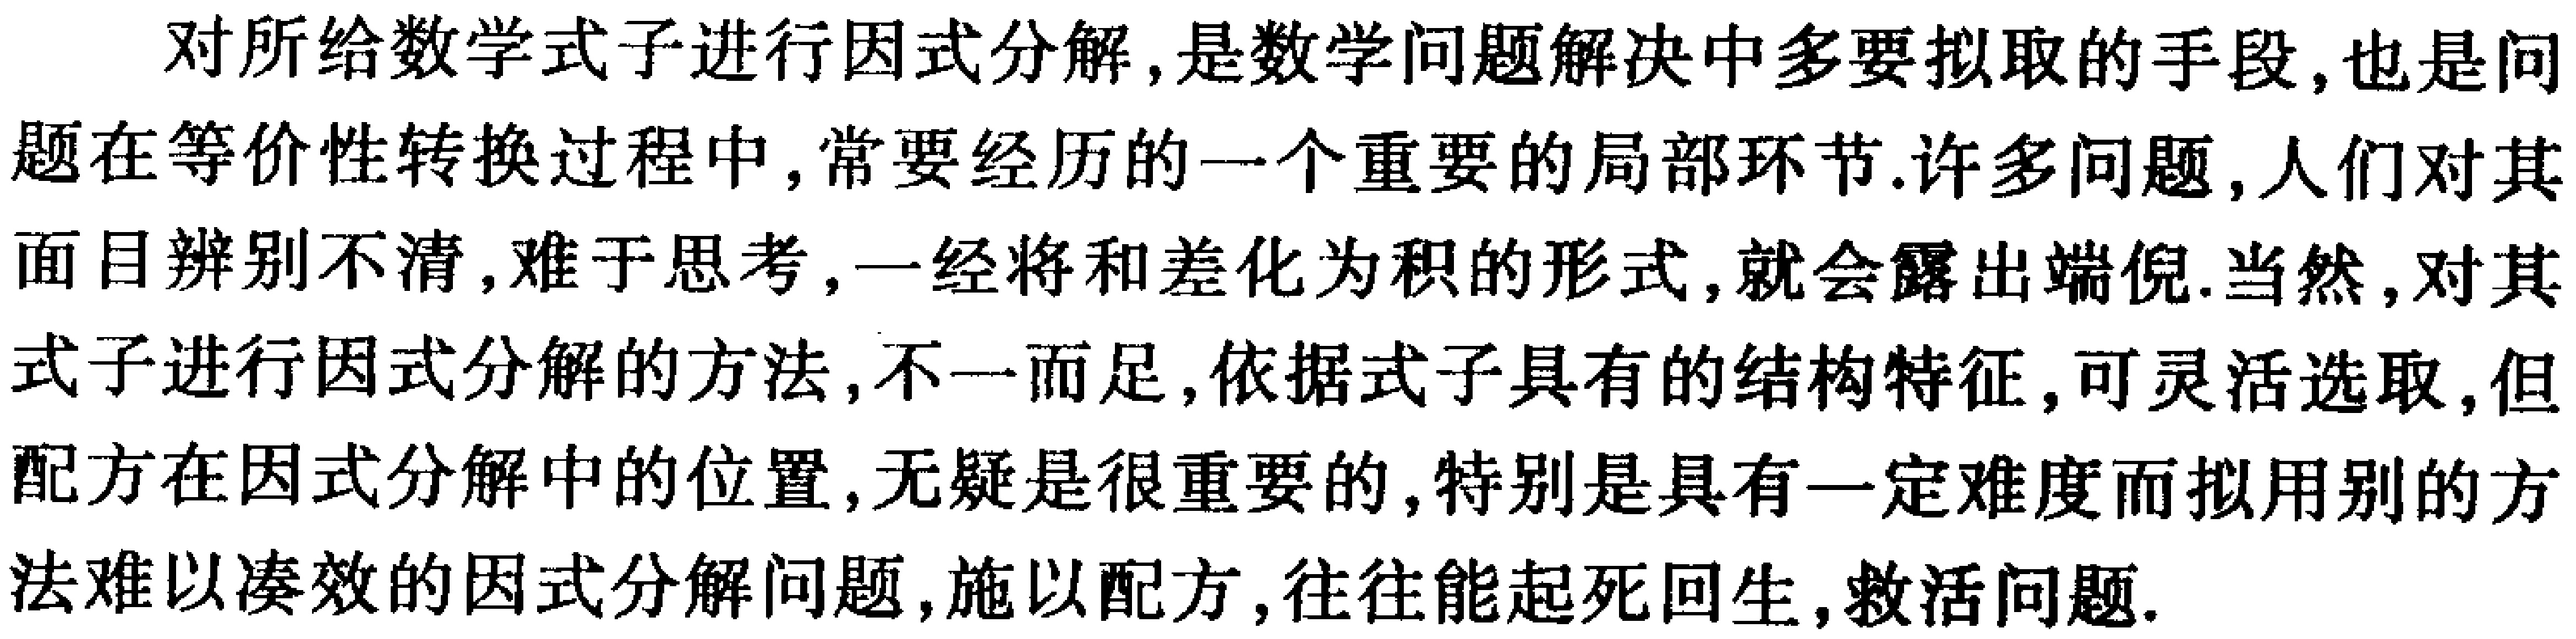
对所给数学式子进行因式分解,是数学问题解决中多要拟取的手段,也是问题在等价性转换过程中,常要经历的一个重要的局部环节.许多问题,人们对其面目辨别不清,难于思考,一经将和差化为积的形式,就会露出端倪.当然,对其式子进行因式分解的方法,不一而足,依据式子具有的结构特征,可灵活选取,但配方在因式分解中的位置,无疑是很重要的,特别是具有一定难度而拟用别的方法难以凑效的因式分解问题,施以配方,往往能起死回生,救活问题.